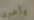
وأخرى